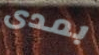
بمدى